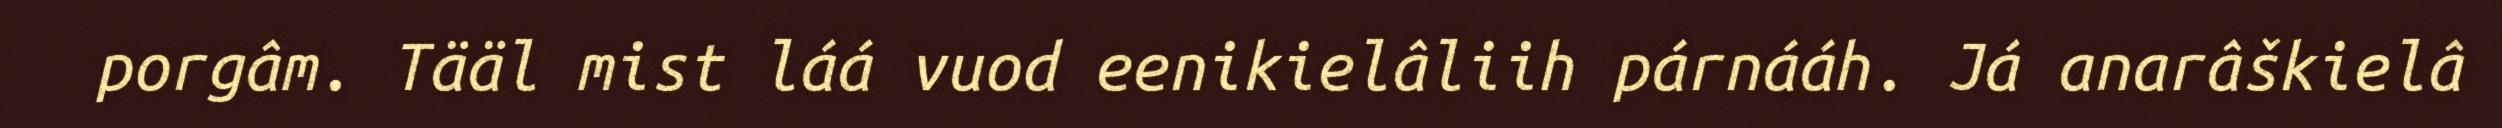
porgâm. Tääl mist láá vuod eenikielâliih párnááh. Já anarâškielâ